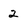
Character: 2